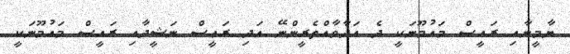
ޔާމީނާއި ރައީސް މައުމޫނަކީ ދެ އަދާވާއްތެރީންނޭ އަދި ރަޢީސް ނަޝީދާއި ރައީސް މައުމޫނަކީ